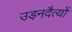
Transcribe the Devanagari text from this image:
उड़नदैत्यों